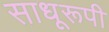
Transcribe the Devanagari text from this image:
साधूरूपी